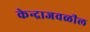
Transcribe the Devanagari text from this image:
केन्द्राजवळील